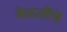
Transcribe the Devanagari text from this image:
मेघाजींचे